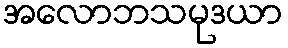
အလောဘသမုဒယာ